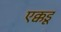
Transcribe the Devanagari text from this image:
एक्कडू